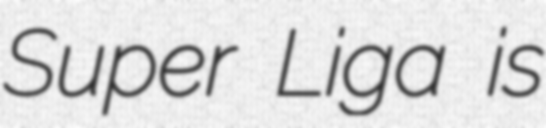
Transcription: Super Liga is